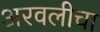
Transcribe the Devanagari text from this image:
अरवलीचा